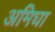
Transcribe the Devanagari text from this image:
अमिघा